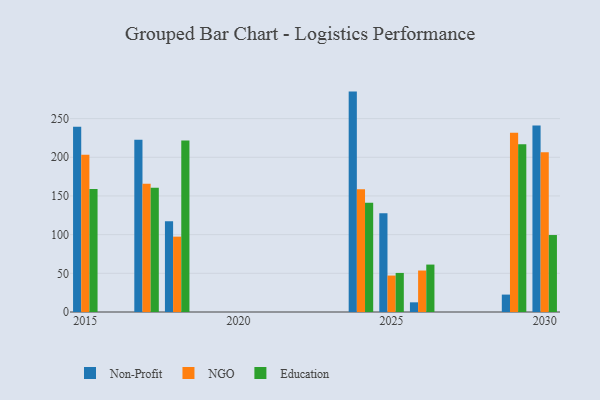
{"axis": {"x": "Year", "y": "Market Share (%)"}, "legend": ["Education", "NGO", "Non-Profit"], "data": [{"x": "2024", "y": 284.9, "type": "Non-Profit"}, {"x": "2024", "y": 158.8, "type": "NGO"}, {"x": "2024", "y": 141.3, "type": "Education"}, {"x": "2029", "y": 22.5, "type": "Non-Profit"}, {"x": "2029", "y": 231.6, "type": "NGO"}, {"x": "2029", "y": 216.9, "type": "Education"}, {"x": "2017", "y": 222.7, "type": "Non-Profit"}, {"x": "2017", "y": 165.8, "type": "NGO"}, {"x": "2017", "y": 160.7, "type": "Education"}, {"x": "2030", "y": 241.2, "type": "Non-Profit"}, {"x": "2030", "y": 206.5, "type": "NGO"}, {"x": "2030", "y": 99.5, "type": "Education"}, {"x": "2015", "y": 239.4, "type": "Non-Profit"}, {"x": "2015", "y": 203.3, "type": "NGO"}, {"x": "2015", "y": 159.0, "type": "Education"}, {"x": "2018", "y": 117.3, "type": "Non-Profit"}, {"x": "2018", "y": 97.4, "type": "NGO"}, {"x": "2018", "y": 221.6, "type": "Education"}, {"x": "2025", "y": 127.7, "type": "Non-Profit"}, {"x": "2025", "y": 47.1, "type": "NGO"}, {"x": "2025", "y": 50.5, "type": "Education"}, {"x": "2026", "y": 12.5, "type": "Non-Profit"}, {"x": "2026", "y": 53.6, "type": "NGO"}, {"x": "2026", "y": 61.3, "type": "Education"}]}